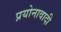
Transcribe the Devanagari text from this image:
प्रयोनावादी